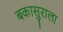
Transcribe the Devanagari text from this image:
बकासुराला